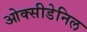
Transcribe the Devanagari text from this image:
ओक्सीडेनिल